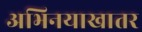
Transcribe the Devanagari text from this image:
अभिनयाखातर